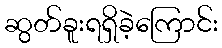
ဆွတ်ခူးရရှိခဲ့ကြောင်း